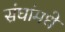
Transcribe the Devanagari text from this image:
संघांमधे